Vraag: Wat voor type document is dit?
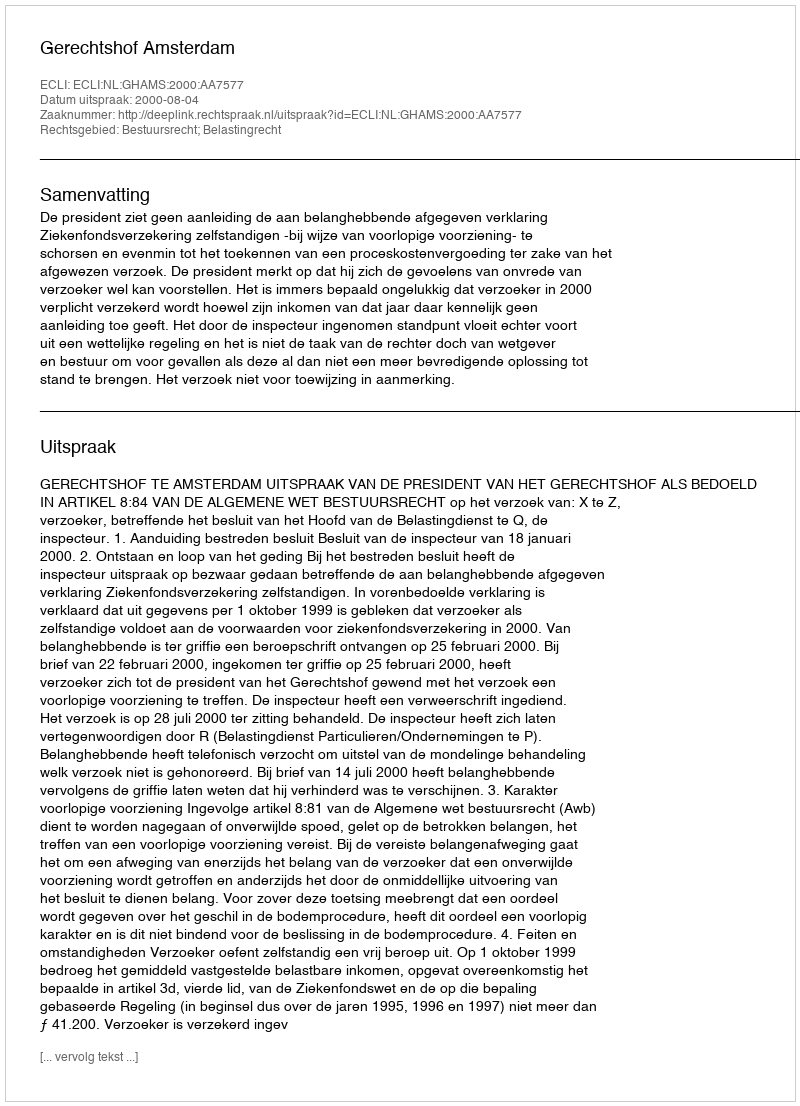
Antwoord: Uitspraak